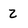
Character: 2